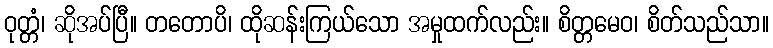
ဝုတ္တံ၊ ဆိုအပ်ပြီ။ တတောပိ၊ ထိုဆန်းကြယ်သော အမှုထက်လည်း။ စိတ္တမေဝ၊ စိတ်သည်သာ။